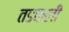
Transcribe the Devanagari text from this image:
तडकली